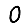
Digit: 0